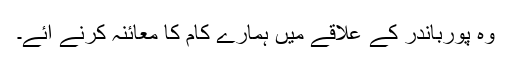
وہ پورباندر کے علاقے میں ہمارے کام کا معائنہ کرنے آئے۔